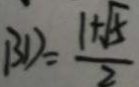
B D = \frac { 1 + \sqrt { 5 } } { 2 }